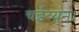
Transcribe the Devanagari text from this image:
चईय्युन।